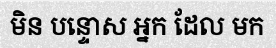
មិន បន្ទោស អ្នក ដែល មក